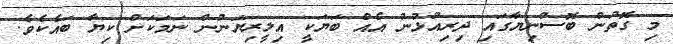
މި ގޮތުން ބޮސްނިޔާގައި ދިރިއުޅުނު އެއް ބަޔަކީ އިލީރިޔަނުން ނަމަކަށް ކިޔާ ބައެކެވެ.